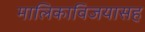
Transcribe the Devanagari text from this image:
मालिकाविजयासह